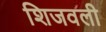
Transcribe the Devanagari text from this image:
शिजवली